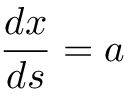
{ \frac { d x } { d s } } = a